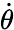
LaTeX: \dot{\theta}